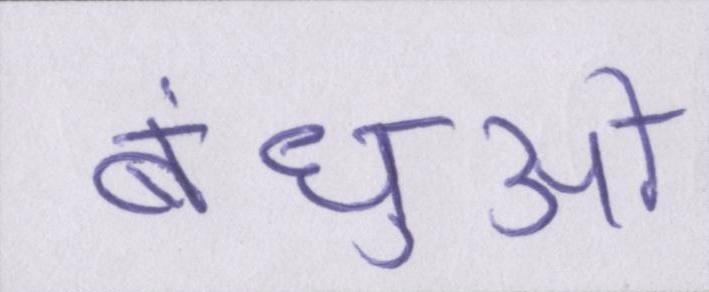
बंधुओं